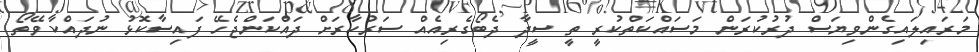
މަރައިލައިގެންވިޔަސް ދުރުކުރަން މަސައްކަތްކުރީ ތީ ސީދާ ދެބޯގެރިއެއް ސަރުކާރަށް ދައްކަންޖެހޭ ފައިސާކޮޅު ނުދައްކާވޭތޯ